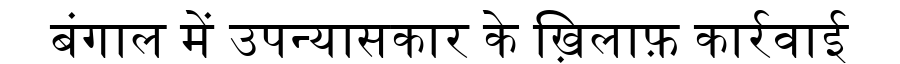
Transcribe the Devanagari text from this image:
बंगाल में उपन्यासकार के ख़िलाफ़ कार्रवाई